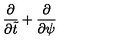
{ \frac { \partial } { \partial \tilde { t } } } + { \frac { \partial } { \partial \psi } }